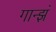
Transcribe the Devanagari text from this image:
गान्झं